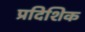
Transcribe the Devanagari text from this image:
प्रदिशिक